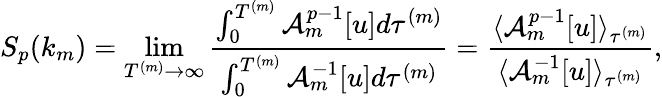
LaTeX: S_{p}(k_{m})=\operatorname*{lim}_{T^{(m)}\to\infty}\frac{\int_{0}^{T^{(m)}}\mathcal{A}_{m}^{p-1}[u]d\tau^{(m)}}{\int_{0}^{T^{(m)}}\mathcal{A}_{m}^{-1}[u]d\tau^{(m)}}=\frac{\langle\mathcal{A}_{m}^{p-1}[u]\rangle_{\tau^{(m)}}}{\langle\mathcal{A}_{m}^{-1}[u]\rangle_{\tau^{(m)}}},